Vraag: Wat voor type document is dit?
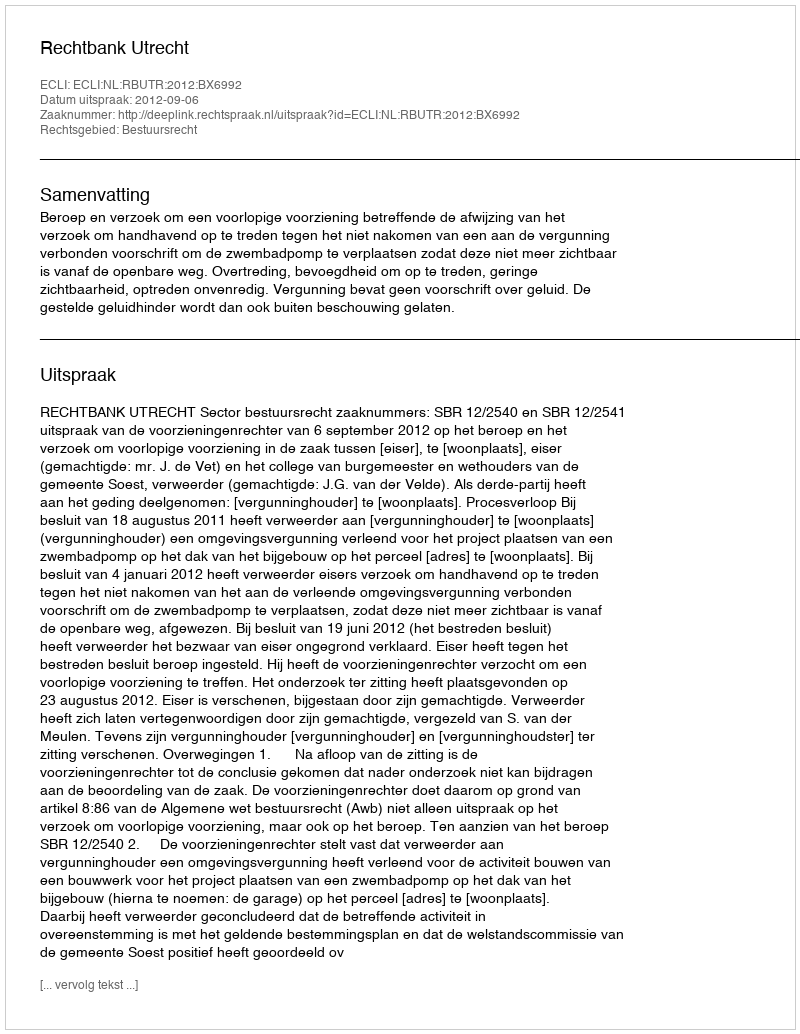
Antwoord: Uitspraak